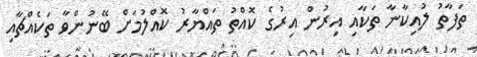
ތަފާތު ލުއިކާނާ ތަކާއި އިރުން އިރުގެ ކޮއްތު ތައްޔާރު ކޮއްލުމަށް ބޭނުންވާ ތަކެއްޗާއި